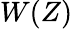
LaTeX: W(Z)